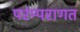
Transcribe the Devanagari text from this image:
परंम्परागत